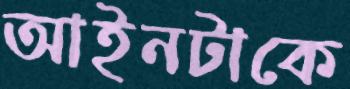
আইনটাকে